Statistical return of the lunatic asylum in Assam - 1912-1932
Year: 1912
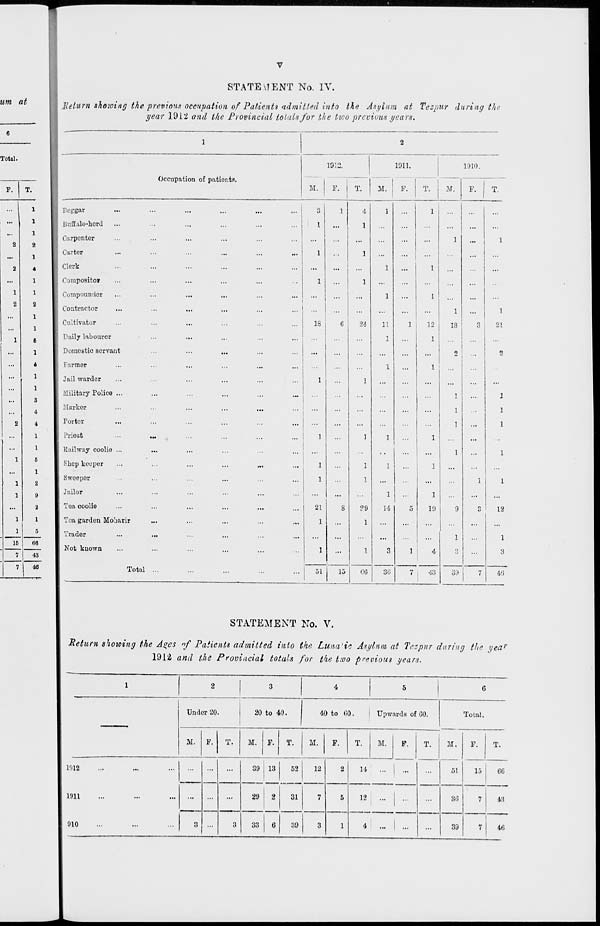
STATEMENT No. IV.
Return shewing the previous occupation of Patients admitted into the Asylum at Tezpur during the
year 1912 and the Provincial totals for the two previous years.
p.
T.
...
1
1 Beggar
...
1
1 Buffalo-hord
2
1 Carpenter
1 Carter
2
4
1 Clerk
...
1
Composite*
1
1
Compounded
2
Contractor
...
Cultivator
1
Daily labourer
1
: Domestic servant
...
4
i 1 Farmer
...
f Jail warder
...
Military Police ...
Marker
2
4
I Porter
...
1
j Priest
...
1
Railway coolie ...
1
Shop keeper
1
Sweeper
2
9
Jailor
2
Tea coolie
1
Tea garden Mobarir
5
Trader
15
66
Not known
43
40
T
Occupation of patients.
191:
M.
F.
T.
M.
1011.
F.
1910.
Total
3
1
18
1
1
21
1
51
15
W
2J.
1
1
29
1
11
1
1
14
30
T.
M.
12
1
1
19
1 !
4
7 i 43
F.
1
13
3 j
21
...
1
1
9
3
12
1
1
3
...
3
39
7
40
STATEMENT No. V.
He turn shoioing the Ages if Patients admitted into the Luna'ic Asylum at Tezpur during the yea'
1912 and the Provincial totals for the two previous years.
Undor 20.
20 to 40.
40 to (i0.
Upwards of GO.
Total,
M.
F.
T.
M.
1
F. | T.
1
M.
F.
T.
M.
F.
T.
M,
51
F.
T.
1912
...
...
...
39 13
2
52
12
2
14
... ! ...
...
15
66
1911
...
...
...
29
31
7
5
12
... j ... ...
30
7
43
910
3
3
33 | 6
39
3
1
4
... 1 ... ...
39
7
46